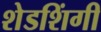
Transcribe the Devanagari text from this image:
शेडशिंगी